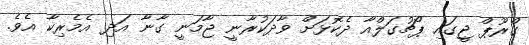
ގްރޫޕް ޖީގައި ޕޯޗުގަލްއާ ދެކޮޅަށް ވާދަކުރާނީ ޖާމަނީ ގާނާ އަދި އެމެރިކާ އެވެ.